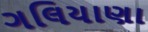
ગલિયાણા